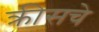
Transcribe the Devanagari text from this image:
क्रीसचे